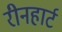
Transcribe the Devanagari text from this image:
रीनहार्ट